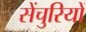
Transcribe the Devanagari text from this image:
सेंचुरियों